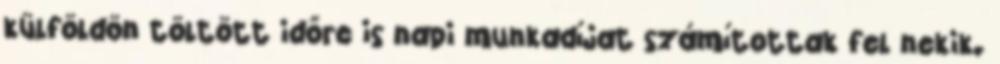
külföldön töltött időre is napi munkadíjat számítottak fel nekik.